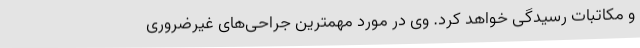
و مکاتبات رسیدگی خواهد کرد. وی در مورد مهمترین جراحی‌های غیرضروری